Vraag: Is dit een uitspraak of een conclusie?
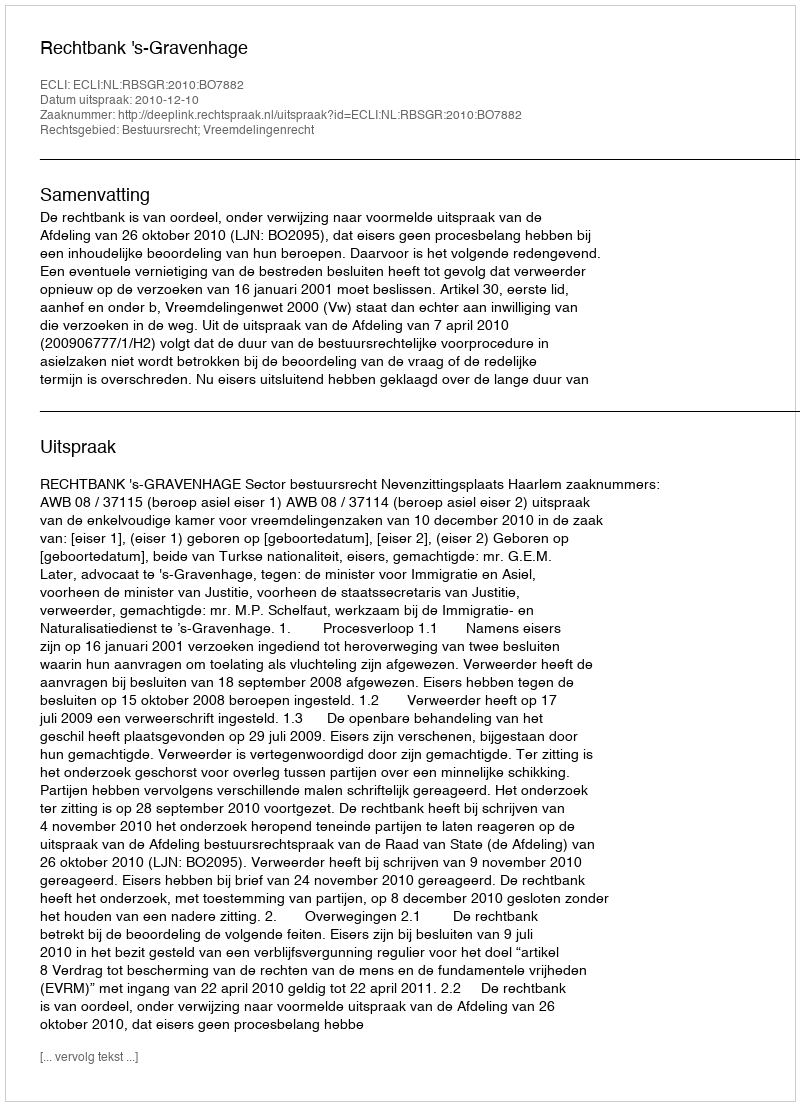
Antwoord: Uitspraak